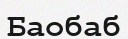
Баобаб